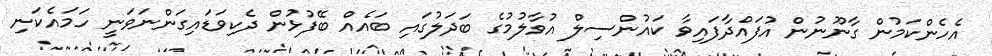
އެހެންކަމުން ގާނޫނުން އުފައްދާފައިވާ ކައުންސިލް އުވާލުމުގެ ބަދަލުގައި ބައެއް ބޭފުޅުން ދެކިވަޑައިގަންނަވަނީ ހަމައެކަނި